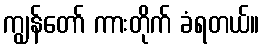
ကျွန်တော် ကားတိုက် ခံရတယ်။